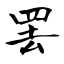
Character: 罢